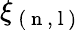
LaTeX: \xi_{\mathrm{~(~n~,~l~)~}}